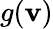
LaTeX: g(\mathbf{v})